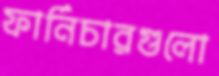
ফার্নিচারগুলো